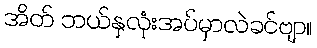
အိတ် ဘယ်နှလုံးအပ်မှာလဲခင်ဗျာ။